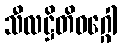
သီလဋ္ဌိတိဝဂ္ဂေါ